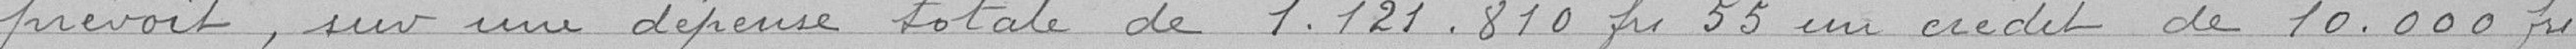
prévoit, sur une dépense totale de 1121810 francs 55 un crédit de 10000 francs